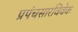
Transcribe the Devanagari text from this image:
प्रपंचसारविवेक